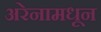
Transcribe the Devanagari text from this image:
अरेनामधून